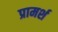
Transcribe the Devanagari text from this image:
प्रामर्श